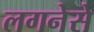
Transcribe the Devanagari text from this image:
लगनेसे